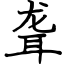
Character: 聋